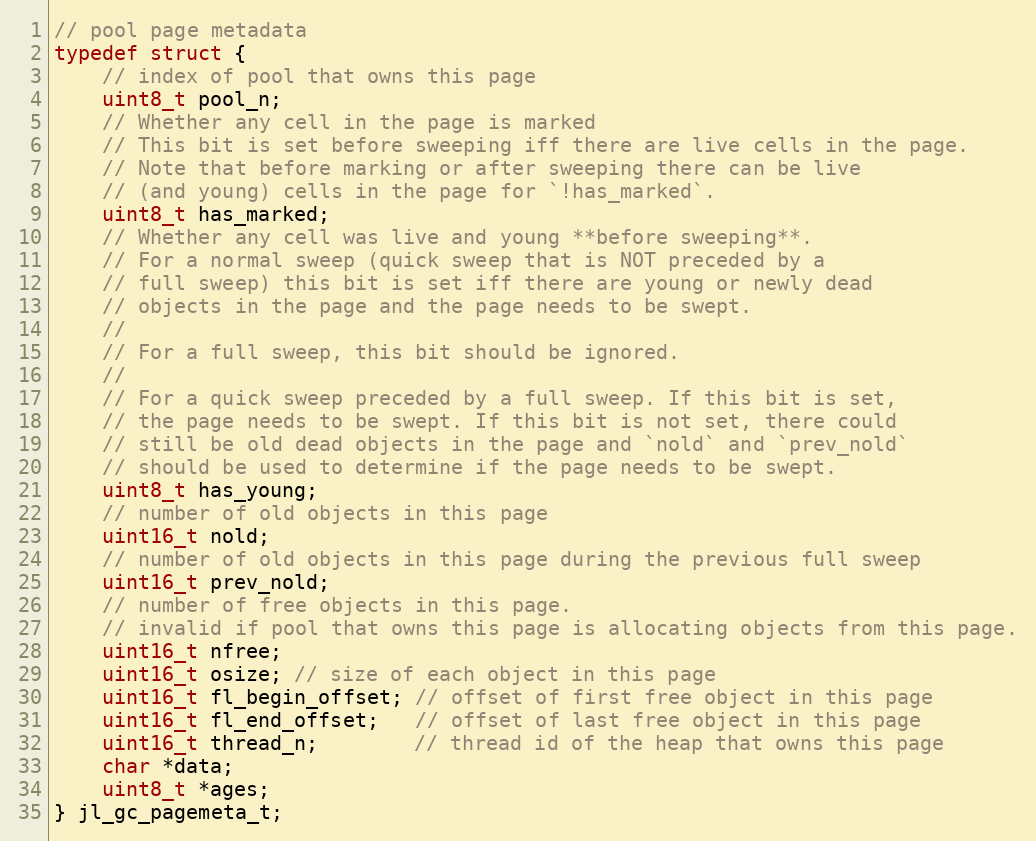
Language: C
// pool page metadata
typedef struct {
    // index of pool that owns this page
    uint8_t pool_n;
    // Whether any cell in the page is marked
    // This bit is set before sweeping iff there are live cells in the page.
    // Note that before marking or after sweeping there can be live
    // (and young) cells in the page for `!has_marked`.
    uint8_t has_marked;
    // Whether any cell was live and young **before sweeping**.
    // For a normal sweep (quick sweep that is NOT preceded by a
    // full sweep) this bit is set iff there are young or newly dead
    // objects in the page and the page needs to be swept.
    //
    // For a full sweep, this bit should be ignored.
    //
    // For a quick sweep preceded by a full sweep. If this bit is set,
    // the page needs to be swept. If this bit is not set, there could
    // still be old dead objects in the page and `nold` and `prev_nold`
    // should be used to determine if the page needs to be swept.
    uint8_t has_young;
    // number of old objects in this page
    uint16_t nold;
    // number of old objects in this page during the previous full sweep
    uint16_t prev_nold;
    // number of free objects in this page.
    // invalid if pool that owns this page is allocating objects from this page.
    uint16_t nfree;
    uint16_t osize; // size of each object in this page
    uint16_t fl_begin_offset; // offset of first free object in this page
    uint16_t fl_end_offset;   // offset of last free object in this page
    uint16_t thread_n;        // thread id of the heap that owns this page
    char *data;
    uint8_t *ages;
} jl_gc_pagemeta_t;